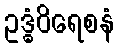
ဥဒ္ဓံဝိရေစနံ